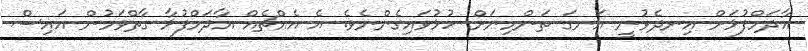
އާދަމްފުޅަށް އިނދެވުނީ އަނގަ ތަންމިނަށް ހުޅުވައިގެންނެވެ. އެ އެއްޗެއް އާދަމްފުޅާ ގާތްވަމުން އައިސް